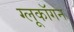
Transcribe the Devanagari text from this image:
ग्लूकॉगन